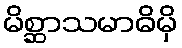
မိစ္ဆာသမာဓိမှိ